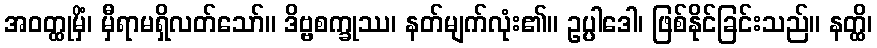
အဝတ္ထုမှိံ၊ မှီရာမရှိလတ်သော်။ ဒိဗ္ဗစက္ခုဿ၊ နတ်မျက်လုံး၏။ ဥပ္ပါဒေါ၊ ဖြစ်နိုင်ခြင်းသည်။ နတ္ထိ၊